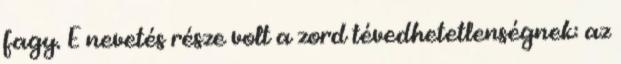
fagy. E nevetés része volt a zord tévedhetetlenségnek: az